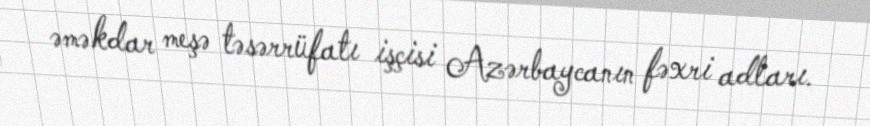
əməkdar meşə təsərrüfatı işçisi Azərbaycanın fəxri adları.